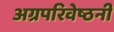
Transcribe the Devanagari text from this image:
अग्रपरिवेष्ठनी